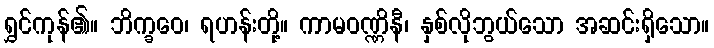
ရွှင်ကုန်၏။ ဘိက္ခဝေ၊ ရဟန်းတို့။ ကာမဝဏ္ဏိနီ၊ နှစ်လိုဘွယ်သော အဆင်းရှိသော။